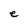
Character: e